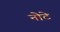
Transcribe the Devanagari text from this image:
नोटे